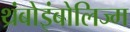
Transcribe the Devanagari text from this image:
थ्रंबोइंबोलिज्म